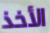
الأخذ